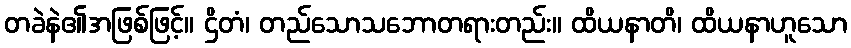
တခဲနဲ၏အဖြစ်ဖြင့်။ ဌိတံ၊ တည်သောသဘောတရားတည်း။ ထိယနာတိ၊ ထိယနာဟူသော